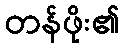
တန်ဖိုး၏